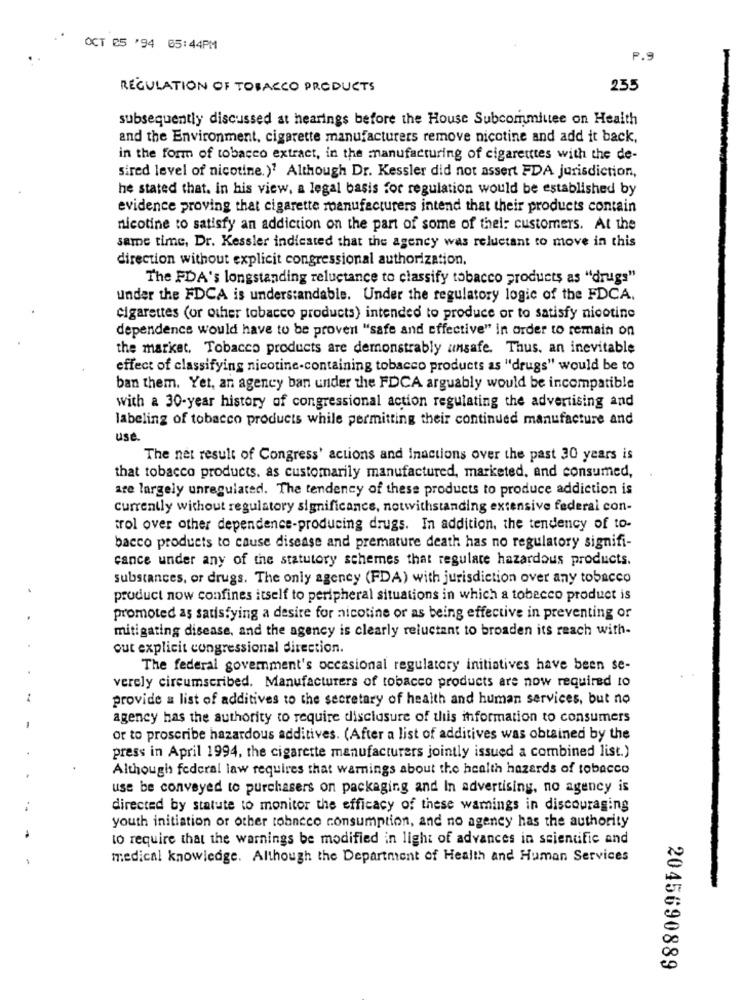
OCT 05 '94 05:44PM
P.9
REGULATION OF TOBACCO PRODUCTS
235
subsequently discussed at hearings before the House Subcommittee on Health
and the Environment, cigarette manufacturers remove nicotine and add it back,
in the form of tobacco extract, in the manufacturing of cigarettes with the de-
sired level of nicotine.)7 Although Dr. Kessler did not assert FDA jurisdiction,
he stated that. in his view, a legal basis for regulation would be established by
evidence proving that cigarette manufacturers intend that their products contain
nicotine to satisfy an addiction on the part of some of their customers. At the
same time, Dr. Kessler indiested that the agency was reluctant to move in this
direction without explicit congressional authorization,
The PDA's longstanding reluctance to classify tobacco products as "drugs"
under the FDCA is understandable. Under the regulatory logic of the FDCA.
Cigarettes (or other tobacco products) intended to produce or to satisfy nicotine
dependence would have to be prover "safe and effective" in order to remain on
the market, Tobacco products are demonstrably unsafe. Thus, an inevitable
effect of classifying nicotine-containing tobacco products as "drugs" would be to
ban them. Yet, an agency ban under the FDCA arguably would be incompatible
with a 30-year history of congressional action regulating the advertising and
labeling of tobacco products while permitting their continued manufacture and
use.
The net result of Congress' actions and inactions over the past 30 years is
that tobacco products. as customarily manufactured, marketed, and consumed,
are largely unregulated. The tendency of these products to produce addiction is
currently without regulatory significance, notwithstanding extensive federal con-
trol over other dependence-producing drugs. In addition, the tendency of to-
bacco products to cause disease and premature death has no regulatory signifi-
cance under any of the statutory schemes that regulate hazardous products.
substances, or drugs. The only agency (FDA) with jurisdiction over any tobacco
product now confines itself to peripheral situations in which a tobecco product is
promoted as satisfying a desire for nicotine or as being effective in preventing or
mitigating disease, and the agency is clearly reluctant to broaden its reach with-
out explicit congressional direction.
The federal government's occasional regulatory initiatives have been se-
verely circumscribed. Manufacturers of tobacco products are now required to
provide a list of additives to the secretary of health and human services, but no
agency has the authority to require disclosure of this information to consumers
or to proscribe hazardous additives. (After a list of additives was obtained by the
press in April 1994, the cigarette manufacturers jointly issued a combined list.)
Although federal law requires that warnings about the health hazards of tobacco
use be conveyed to purchasers on packaging and In advertising, no agency is
directed by statute to monitor the efficacy of these wamings in discouraging
youth initiation or other tobacco consumption, and no agency has the authority
to require that the warnings be modified in light of advances in scientific and
medical knowledge. Although the Department of Health and Human Services
2045690889